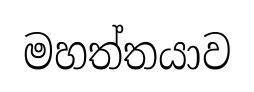
මහත්තයාව